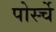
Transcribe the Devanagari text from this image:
पोर्स्चे